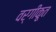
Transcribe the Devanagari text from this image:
वर्गीकृ्त